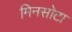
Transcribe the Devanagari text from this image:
मिनसोटा